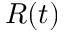
R ( t )